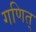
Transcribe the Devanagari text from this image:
गणित्